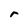
Character: r